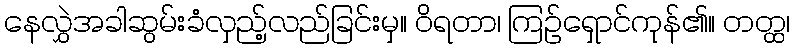
နေလွှဲအခါဆွမ်းခံလှည့်လည်ခြင်းမှ။ ဝိရတာ၊ ကြဉ်ရှောင်ကုန်၏။ တတ္ထ၊